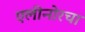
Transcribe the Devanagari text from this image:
एलीनोरचा